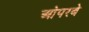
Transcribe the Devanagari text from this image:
ओपरबे